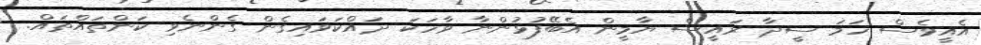
އެއީވެސް ހަމަ ސީދާ ރައީސް ޔާމީން އެބޭފުޅުންނާ ވާހަކަ ދައްކަވައިގެން ގެންނެވި ކަންތައްތައް.